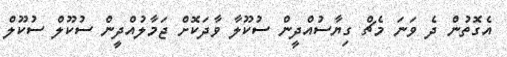
އެގޮތުން ދެ ވަނަ މެޗް ގިޔާސުއްދީން ސުކޫލާ ވާދަކޮށް ޖަމާލުއްދީން ސުކޫލް ސުކޫލް